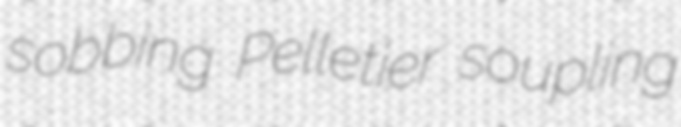
sobbing Pelletier soupling